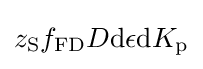
z_{\mathrm {S} }f_{\mathrm {FD} }D\mathrm {d} {\it {\epsilon }}\mathrm {d} K_{\mathrm {p} }